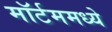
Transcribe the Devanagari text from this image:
मॉर्टममध्ये